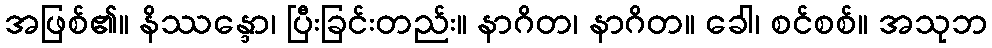
အဖြစ်၏။ နိဿန္ဒော၊ ပြီးခြင်းတည်း။ နာဂိတ၊ နာဂိတ။ ခေါ၊ စင်စစ်။ အသုဘ